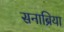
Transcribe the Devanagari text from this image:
सनाब्रिया